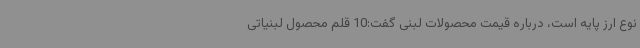
نوع ارز پایه است، درباره قیمت محصولات لبنی گفت:10 قلم محصول لبنیاتی